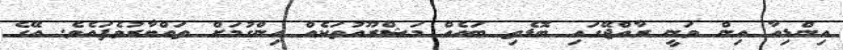
އިންޑިއާ އިން ވަނީ ރާއްޖޭގައި ބޮޑެތި ބައެއް މަޝްރޫއުތަކެއް ހިންގުމަށް ތައްޔާރުވެފައެވެ. އޭގެ